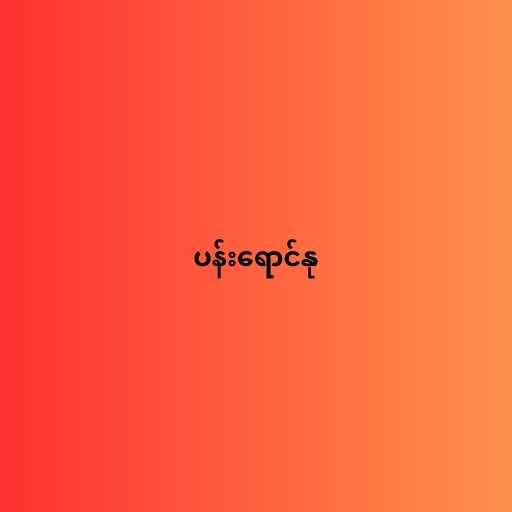
ပန်းရောင်နု